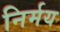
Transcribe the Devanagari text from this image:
निर्मय